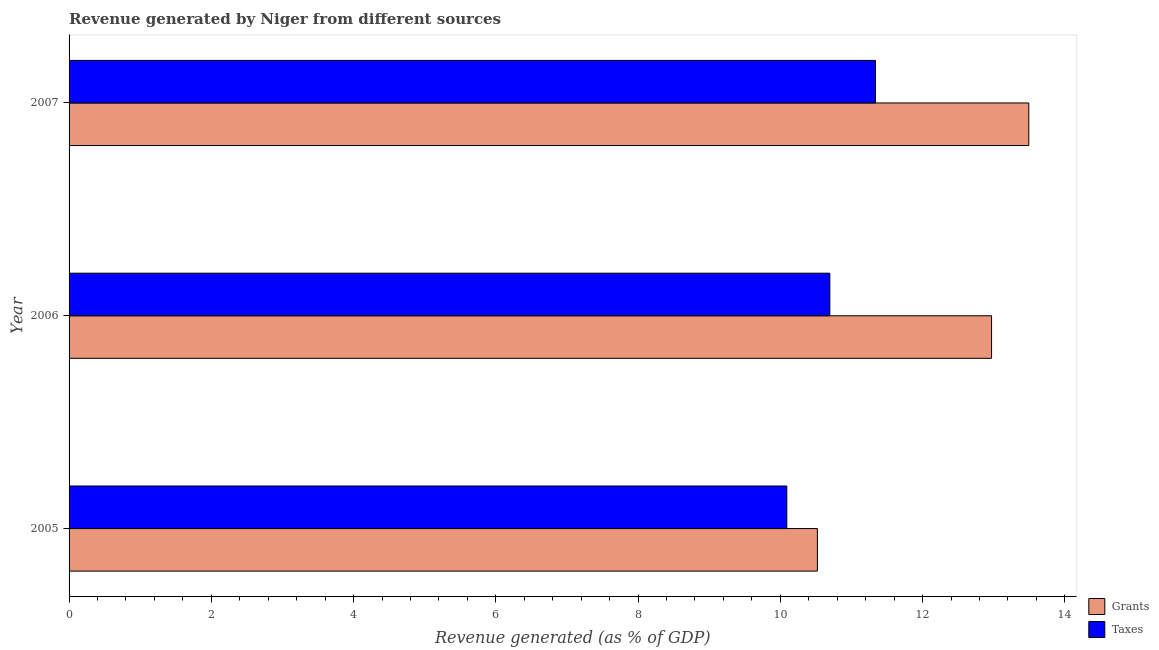
| Year | Grants | Taxes |
 | --- | --- | --- |
 | 2005 | 10.5 | 10.1 |
 | 2006 | 13 | 10.7 |
 | 2007 | 13.5 | 11.3 |